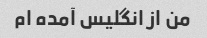
من از انگلیس آمده ام